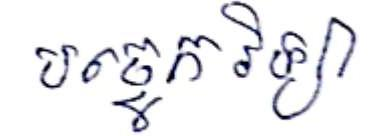
បច្ចេកវិទ្យា